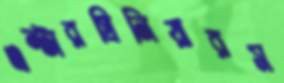
এন্টারপ্রিনিয়ারস